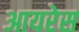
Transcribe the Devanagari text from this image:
आयरेस